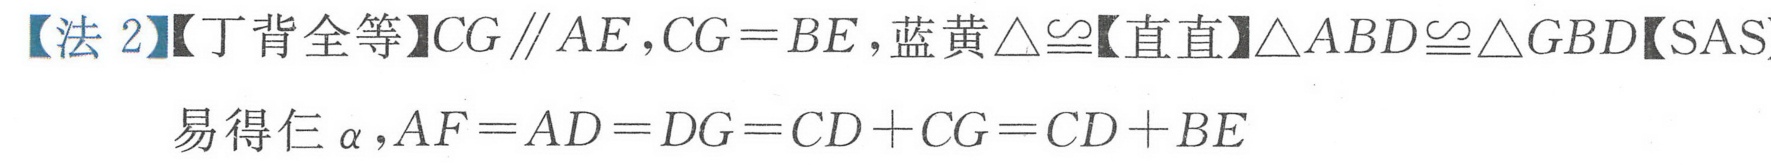
【法 2】【丁背全等】\(CG\parallel AE\)，\(CG = BE\)，蓝黄\(\triangle\cong\)【直直】\(\triangle ABD\cong\triangle GBD\)【SAS】
易得仨\(\alpha\)，\(AF = AD = DG = CD + CG = CD + BE\)